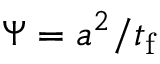
\Psi = a ^ { 2 } / t _ { \mathrm { f } }